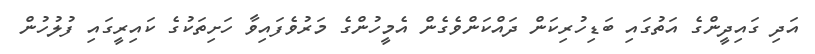
އަދި ގައިދީންގެ އަތުގައި ބަޑިހުރިކަން ދައްކަންވެގެން އެމީހުންގެ މަރުވެފައިވާ ހަށިތަކުގެ ކައިރީގައި ފުލުހުން